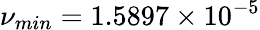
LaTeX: \nu_{min}=1.5897\times 10^{-5}